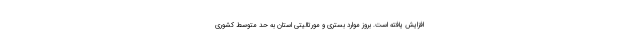
افزایش یافته است. بروز موارد بستری و مورتالیتی استان به حد متوسط کشوری